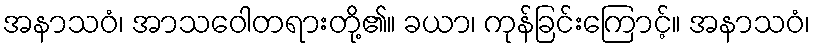
အနာသဝံ၊ အာသဝေါတရားတို့၏။ ခယာ၊ ကုန်ခြင်းကြောင့်။ အနာသဝံ၊